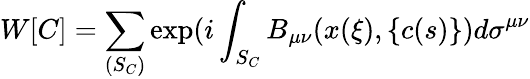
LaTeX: W[C]=\sum_{(S_{C})}\exp(i\int_{S_{C}}B_{\mu\nu}(x(\xi),\{ c(s)\} )d\sigma^{\mu\nu}